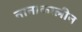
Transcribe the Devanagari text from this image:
नानाकालीन